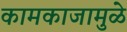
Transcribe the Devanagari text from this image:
कामकाजामुळे